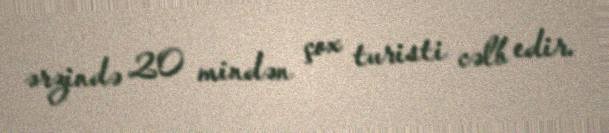
ərzində 20 mindən çox turisti cəlb edir.